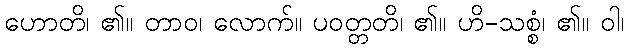
ဟောတိ၊ ၏။ တာဝ၊ လောက်။ ပဝတ္တတိ၊ ၏။ ဟိ-သစ္စံ၊ ၏။ ဝါ၊